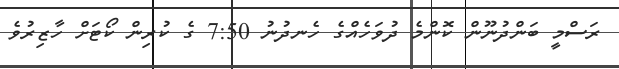
ރަސްމީ ބަންދުނޫން ކޮންމެ ދުވަހެއްގެ ހެނދުނު 7:50 ގެ ކުރިން ކޯޓަށް ހާޒިރުވެ